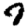
Digit: 7